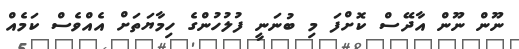
ނޫން ނޫން އާދޭސް ކޮށްފަ މި ބުނަނީ ފުލުހުންގެ ހިމާޔަތަށް އެއްވެސް ކަމެއް